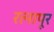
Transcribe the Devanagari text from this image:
रत्‍नापूर